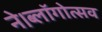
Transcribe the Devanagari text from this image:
ने।ब्लॉगोत्सव